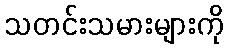
သတင်းသမားများကို